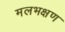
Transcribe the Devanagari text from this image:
मलभक्षण